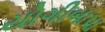
યોગીબાપા